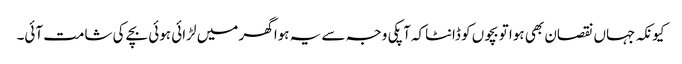
کیونکہ جہاں نقصان بھی ہوا تو بچوں کو ڈانٹاکہ آپکی وجہ سے یہ ہوا گھر میں لڑائی ہوئی بچے کی شامت آئی۔